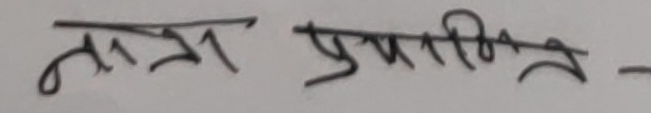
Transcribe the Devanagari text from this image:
प्राप्तिगत